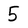
Character: 5